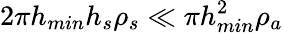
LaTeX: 2\pi h_{min}h_{s}\rho_{s}\ll\pi h_{min}^{2}\rho_{a}